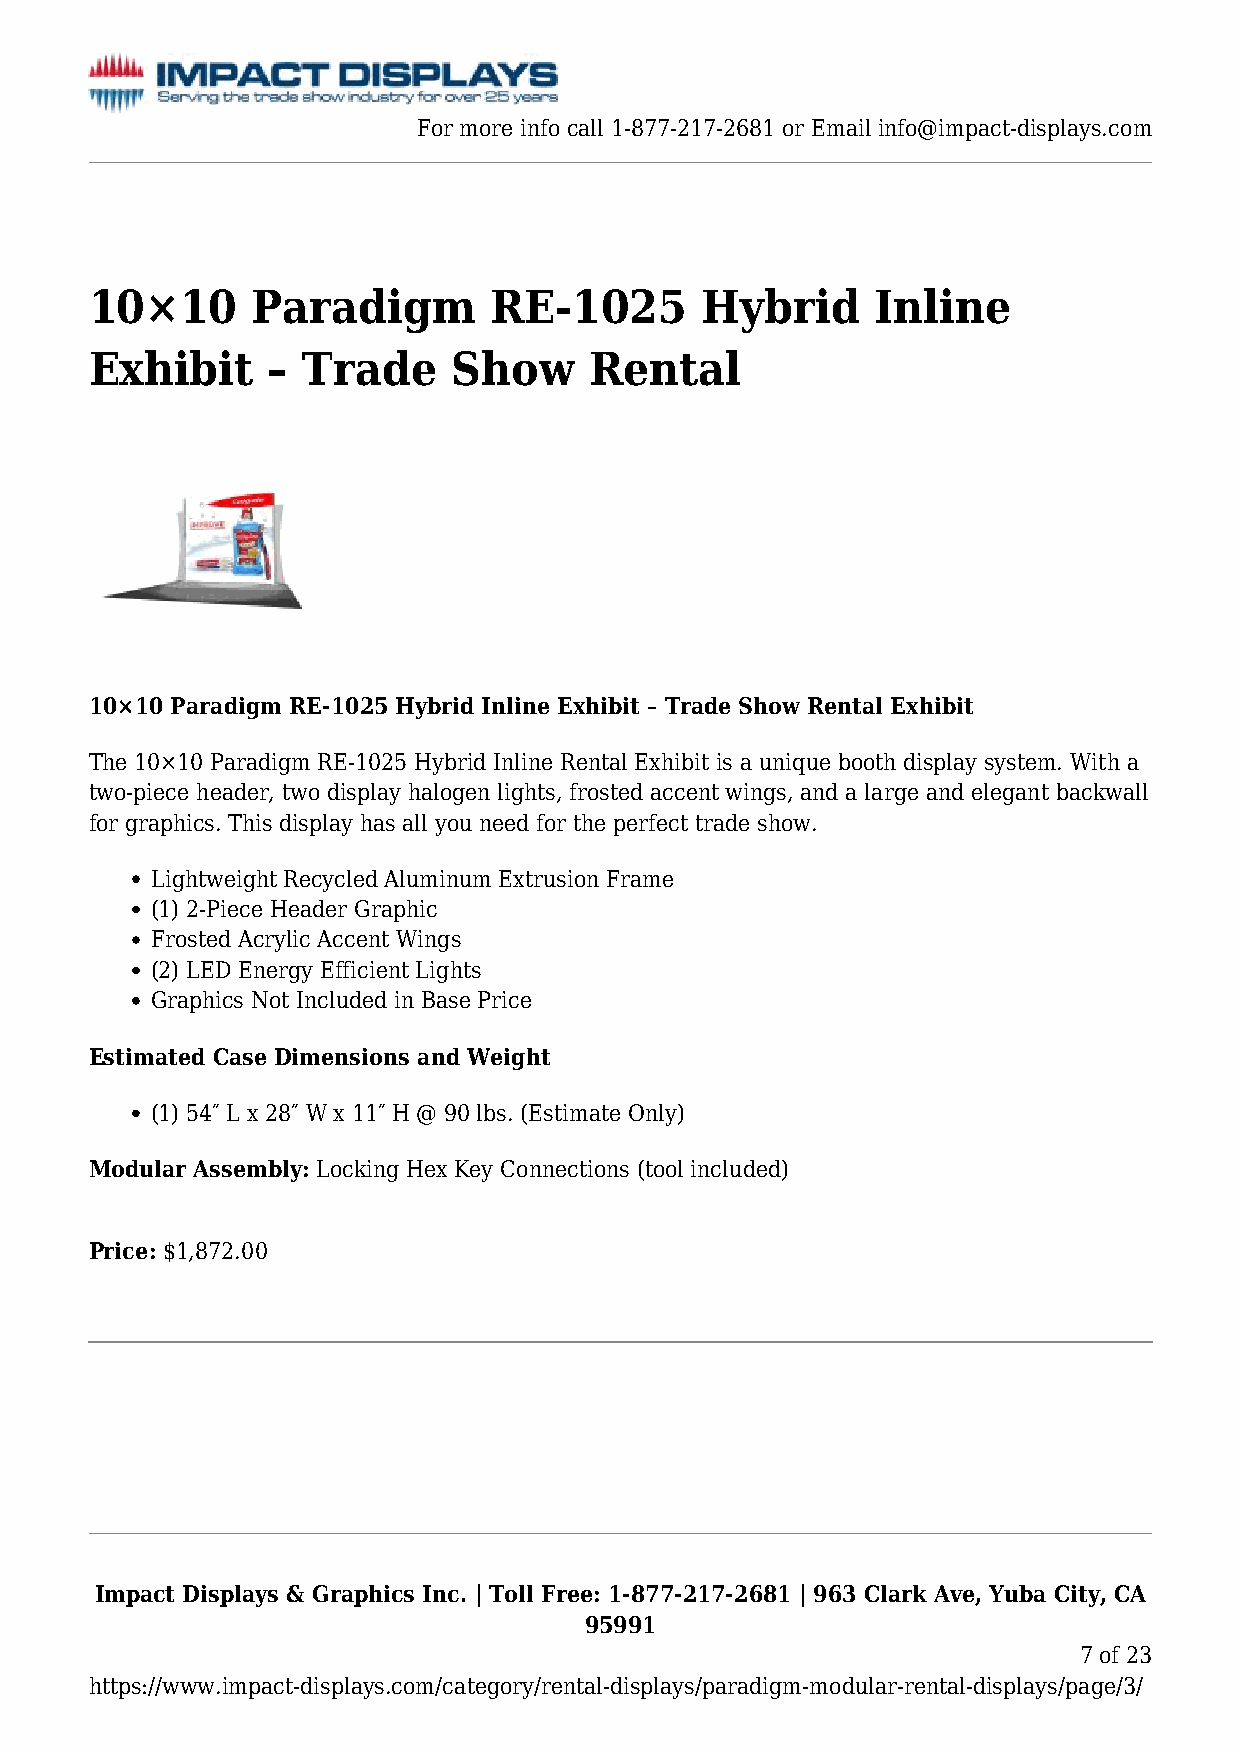
For more info call 1-877-217-2681 or Email info@impact-displays.com
 10×10      Paradigm       RE-1025       Hybrid      Inline
 Exhibit     – Trade     Show     Rental
 10×10 Paradigm RE-1025 Hybrid Inline Exhibit – Trade Show Rental Exhibit
 The 10×10 Paradigm RE-1025 Hybrid Inline Rental Exhibit is a unique booth display system. With a
 two-piece header, two display halogen lights, frosted accent wings, and a large and elegant backwall
 for graphics. This display has all you need for the perfect trade show.
 Lightweight Recycled Aluminum Extrusion Frame
 (1) 2-Piece Header Graphic
 Frosted Acrylic Accent Wings
 (2) LED Energy Efficient Lights
 Graphics Not Included in Base Price
 Estimated Case Dimensions and Weight
 (1) 54″ L x 28″ W x 11″ H @ 90 lbs. (Estimate Only)
 Modular Assembly: Locking Hex Key Connections (tool included)
 Price: $1,872.00
 Impact Displays & Graphics Inc. | Toll Free: 1-877-217-2681 | 963 Clark Ave, Yuba City, CA
 95991
 7 of 23
 https://www.impact-displays.com/category/rental-displays/paradigm-modular-rental-displays/page/3/